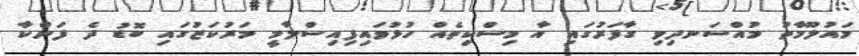
މައުލޫމާތު މުއްސަނދިވި ގާފަރުގައި އާ މިސްކިތެއް ހުޅުވައިފިއިސްލާމީ މަރުކަޒުގައި ބޮޑު ދެ ފަންކާ